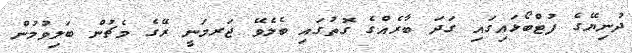
ދުނިޔޭގެ ފުޓްބޯޅައިގައި ގަދަ ބާރެއްގެ ގޮތުގައި ބެލެވޭ ޖަރމަނީ ރޭގެ މެޗުން ބަލިވުމުން